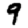
Digit: 9